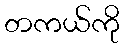
တကယ်ကို